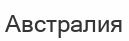
Австралия